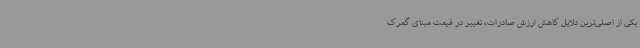
یکی از اصلی‌ترین دلایل کاهش ارزش صادرات، تغییر در قیمت مبنای گمرک